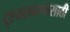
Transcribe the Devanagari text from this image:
दृश्यलक्षणासाठी